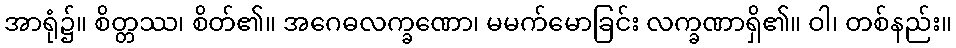
အာရုံ၌။ စိတ္တဿ၊ စိတ်၏။ အဂေဓလက္ခဏော၊ မမက်မောခြင်း လက္ခဏာရှိ၏။ ဝါ၊ တစ်နည်း။